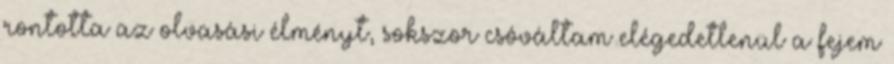
rontotta az olvasási élményt, sokszor csóváltam elégedetlenül a fejem